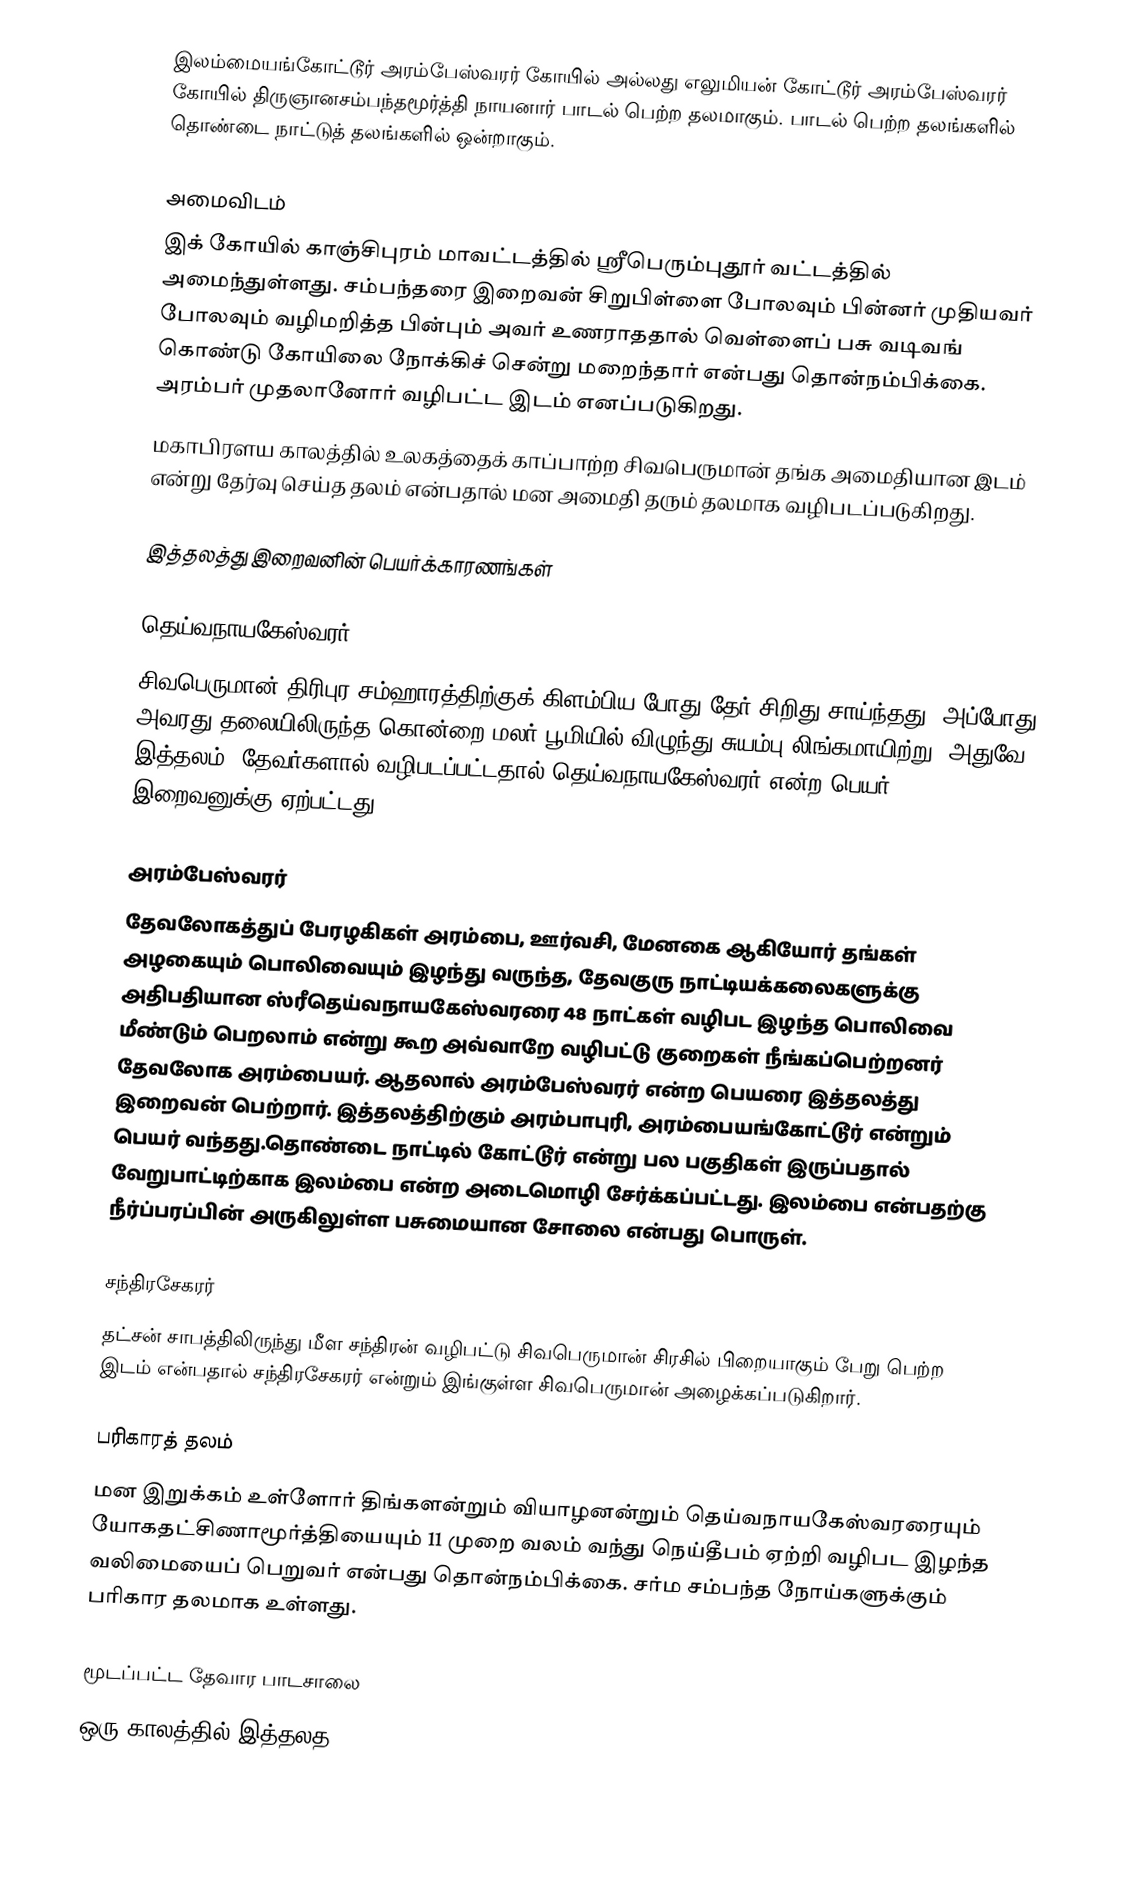
இலம்மையங்கோட்டூர் அரம்பேஸ்வரர் கோயில் அல்லது எலுமியன் கோட்டூர் அரம்பேஸ்வரர் கோயில் திருஞானசம்பந்தமூர்த்தி நாயனார் பாடல் பெற்ற தலமாகும். பாடல் பெற்ற தலங்களில் தொண்டை நாட்டுத் தலங்களில் ஒன்றாகும்.

அமைவிடம்
இக் கோயில் காஞ்சிபுரம் மாவட்டத்தில் ஸ்ரீபெரும்புதூர் வட்டத்தில்  அமைந்துள்ளது. சம்பந்தரை இறைவன் சிறுபிள்ளை போலவும் பின்னர் முதியவர் போலவும் வழிமறித்த பின்பும் அவர் உணராததால் வெள்ளைப் பசு வடிவங் கொண்டு கோயிலை நோக்கிச் சென்று மறைந்தார் என்பது தொன்நம்பிக்கை. அரம்பர் முதலானோர் வழிபட்ட இடம் எனப்படுகிறது.
மகாபிரளய காலத்தில் உலகத்தைக் காப்பாற்ற சிவபெருமான் தங்க அமைதியான இடம் என்று தேர்வு செய்த தலம் என்பதால் மன அமைதி தரும் தலமாக வழிபடப்படுகிறது.

இத்தலத்து இறைவனின் பெயர்க்காரணங்கள்

தெய்வநாயகேஸ்வரர்
சிவபெருமான் திரிபுர சம்ஹாரத்திற்குக் கிளம்பிய போது தேர் சிறிது சாய்ந்தது. அப்போது அவரது தலையிலிருந்த கொன்றை மலர் பூமியில் விழுந்து சுயம்பு லிங்கமாயிற்று. அதுவே இத்தலம். தேவர்களால் வழிபடப்பட்டதால் தெய்வநாயகேஸ்வரர் என்ற பெயர் இறைவனுக்கு ஏற்பட்டது.

அரம்பேஸ்வரர்
தேவலோகத்துப் பேரழகிகள் அரம்பை, ஊர்வசி, மேனகை ஆகியோர் தங்கள் அழகையும் பொலிவையும் இழந்து வருந்த, தேவகுரு நாட்டியக்கலைகளுக்கு அதிபதியான ஸ்ரீதெய்வநாயகேஸ்வரரை 48 நாட்கள் வழிபட இழந்த பொலிவை மீண்டும் பெறலாம் என்று கூற அவ்வாறே வழிபட்டு குறைகள் நீங்கப்பெற்றனர் தேவலோக அரம்பையர். ஆதலால் அரம்பேஸ்வரர் என்ற பெயரை இத்தலத்து இறைவன் பெற்றார். இத்தலத்திற்கும் அரம்பாபுரி, அரம்பையங்கோட்டூர் என்றும் பெயர் வந்தது.தொண்டை நாட்டில் கோட்டூர் என்று பல பகுதிகள் இருப்பதால் வேறுபாட்டிற்காக இலம்பை என்ற அடைமொழி சேர்க்கப்பட்டது. இலம்பை என்பதற்கு நீர்ப்பரப்பின் அருகிலுள்ள பசுமையான சோலை என்பது பொருள்.

சந்திரசேகரர்
தட்சன் சாபத்திலிருந்து மீள சந்திரன் வழிபட்டு சிவபெருமான் சிரசில் பிறையாகும் பேறு பெற்ற இடம் என்பதால் சந்திரசேகரர் என்றும் இங்குள்ள சிவபெருமான் அழைக்கப்படுகிறார்.

பரிகாரத் தலம்
மன இறுக்கம் உள்ளோர் திங்களன்றும் வியாழனன்றும் தெய்வநாயகேஸ்வரரையும் யோகதட்சிணாமூர்த்தியையும் 11 முறை வலம் வந்து நெய்தீபம் ஏற்றி வழிபட இழந்த வலிமையைப் பெறுவர் என்பது தொன்நம்பிக்கை. சர்ம சம்பந்த நோய்களுக்கும் பரிகார தலமாக உள்ளது.

மூடப்பட்ட தேவார பாடசாலை
ஒரு காலத்தில் இத்தலத